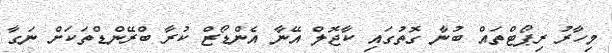
މިހާރު ރިޕޯޓްތައް ބުނާ ގޮތުގައި ކާޖޮލް އޭނާ އެންޑޯޒް ކުރާ ބްރޭންޑްތަކަށް ނަގާ